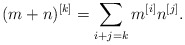
\begin{align*}(m+n)^{[k]}=\sum_{i+j=k}m^{[i]}n^{[j]}.\end{align*}